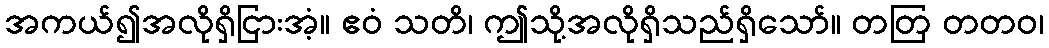
အကယ်၍အလိုရှိငြားအံ့။ ဧဝံ သတိ၊ ဤသို့အလိုရှိသည်ရှိသော်။ တတြ တတဝ၊